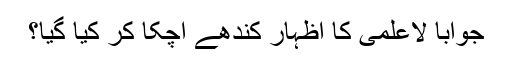
جواباً لاعلمی کا اظہار کندھے اچکا کر کیا گیا؟